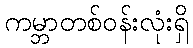
ကမ္ဘာတစ်ဝန်းလုံးရှိ